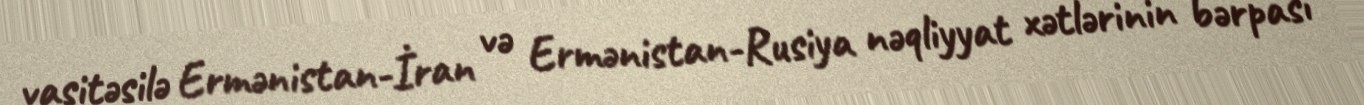
vasitəsilə Ermənistan-İran və Ermənistan-Rusiya nəqliyyat xətlərinin bərpası